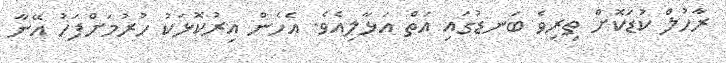
ރާހުލް ކުޑަކޮށް ތިރިވެ ބަނޑުގައި އަތް އަޅާލިއެވެ. އެހެން އިރުކޮޅަކު ހުރުމަށްފަހު އޭނާ